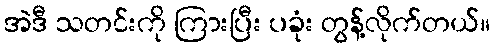
အဲဒီ သတင်းကို ကြားပြီး ပခုံး တွန့်လိုက်တယ်။